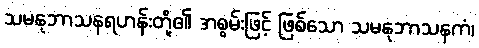
သမနုဘာသနရဟန်းတို့၏ အစွမ်းဖြင့် ဖြစ်သော သမနုဘာသနကံ၊